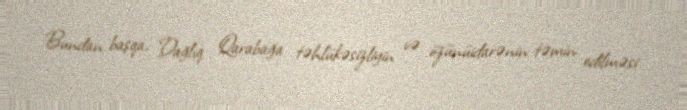
Bundan başqa, Dağlıq Qarabağa təhlükəsizliyin və özünüidarənin təmin edilməsi